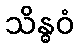
သိန္ဓဝံ